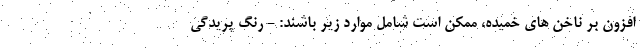
افزون بر ناخن های خمیده، ممکن است شامل موارد زیر باشند: - رنگ پریدگی